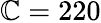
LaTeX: \mathbb{C}=220